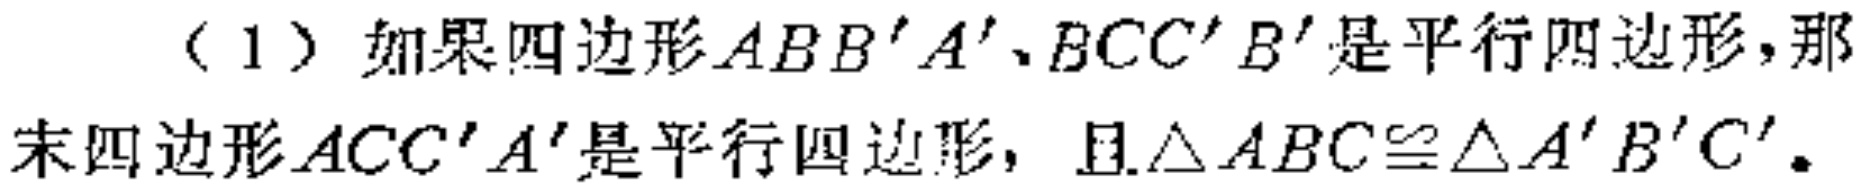
（1）如果四边形\(ABB'A'\)、\(BCC'B'\)是平行四边形，那
末四边形\(ACC'A'\)是平行四边形，且\(\triangle ABC\cong\triangle A'B'C'\)。